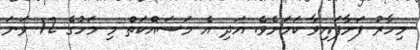
މިހާރު ފަށާފައިވާ ކަމަށެވެ. އަދި އެ މަސައްކަތް މި މަހުގެ 12 ވަނަ